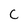
Character: C